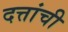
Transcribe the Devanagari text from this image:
दत्तांची